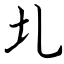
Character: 圠